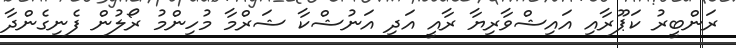
ރަންބީރު ކަޕޫރާއި އައިޝްވާރިޔާ ރާއީ އަދި އަނުޝްކާ ޝަރްމާ މުހިންމު ރޯލުން ފެނިގެންދާ